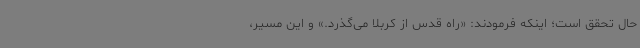
حال تحقق است؛ اینکه فرمودند: «راه قدس از کربلا می‌گذرد.» و این مسیر،